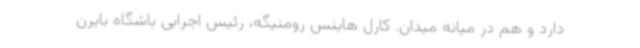
دارد و هم در میانه میدان. کارل هاینس رومنیگه، رئیس اجرایی باشگاه بایرن